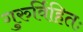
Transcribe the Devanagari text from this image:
गुरुर्विहितः